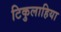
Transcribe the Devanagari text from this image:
टिकुलाहिया